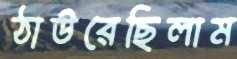
ঠাউরেছিলাম